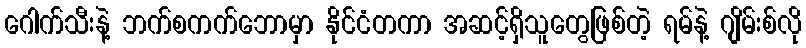
ဂေါက်သီးနဲ့ ဘက်စကက်ဘောမှာ နိုင်ငံတကာ အဆင့်ရှိသူတွေဖြစ်တဲ့ ရမ်နဲ့ ဂျိမ်းစ်လို